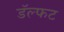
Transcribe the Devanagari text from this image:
डॅल्फट